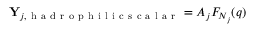
\begin{array} { r } { \mathbf { Y } _ { j , \mathrm { ~ h ~ a ~ d ~ r ~ o ~ p ~ h ~ i ~ l ~ i ~ c ~ s ~ c ~ a ~ l ~ a ~ r ~ } } = A _ { j } F _ { N _ { j } } ( q ) } \end{array}